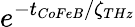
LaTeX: e^{-t_{CoFeB}/\zeta_{THz}}